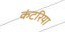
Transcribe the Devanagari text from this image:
कंटरिया